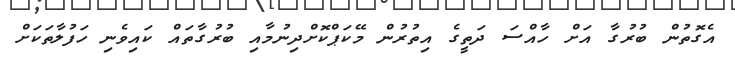
އެގޮތުން ބުރުގާ އަށް ހާއްސަ ދަތީގެ އިތުރުން މޭކަޕްކޮށްދިނުމާއި ބުރުގާތައް ކައިވެނި ހަފުލާތަކަށް